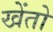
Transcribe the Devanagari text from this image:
खेंतो